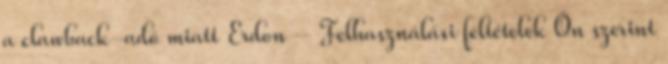
a clawback-adó miatt Erdon – Felhasználási feltételek Ön szerint